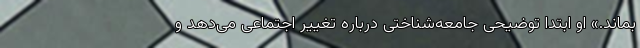
بماند.» او ابتدا توضیحی جامعه‌شناختی درباره تغییر اجتماعی می‌دهد و